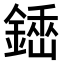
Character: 𨪺